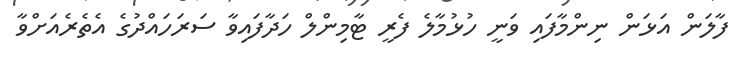
ފާލަން އަޅަން ނިންމާފައި ވަނީ ހުޅުމާލެ ފެރީ ޓާމިންލް ހަދާފައިވާ ސަރަހައްދުގެ އެތެރެއަށްވާ